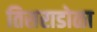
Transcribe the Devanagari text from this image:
तिसराडोळा